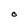
Character: O